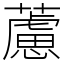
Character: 藘